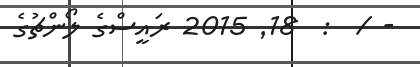
- /  :  18